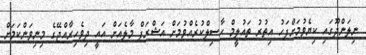
ނިލަންދޫގައި ކިޔެވުމަށްފަހު އިތުރު ތައުލީމް ހާސިލްކުރެއްވުމަށް އަޝްރަފް މާލެއަށް އައީ ދިވެހިރާއްޖޭގެ މިނިވަންކަމަށް